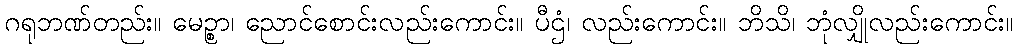
ဂရုဘဏ်တည်း။ မေဉ္စာ၊ ညောင်စောင်းလည်းကောင်း။ ပီဌံ၊ လည်းကောင်း။ ဘိသိ၊ ဘုံလျှိုလည်းကောင်း။